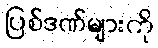
ပြစ်ဒဏ်များကို